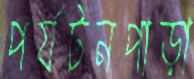
পর্যটনপাড়া